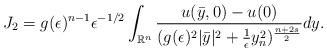
LaTeX: \begin{align*}J_2=g(\epsilon)^{n-1}\epsilon^{-1/2}\int_{\mathbb{R}^n}{\frac{u(\bar{y},0)-u( 0)}{(g(\epsilon)^2|\bar{y}|^2+\frac{1}{\epsilon}y_n^2)^{\frac{n+2s}{2}}}dy}.\end{align*}